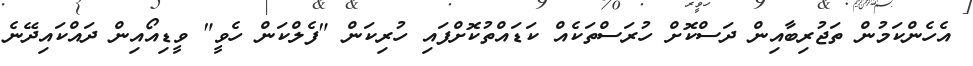
އެހެންކަމުން ތަޖުރިބާއިން ދަސްކޮށް ހުރަސްތަކެއް ކަޑައްތުކޮށްފައި ހުރިކަން "ފެލްކަން ހެވީ" ވީޑިއޯއިން ދައްކައިދޭނެ